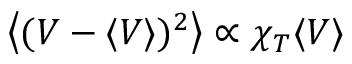
\smash { \big \langle ( V - \langle V \rangle ) ^ { 2 } \big \rangle } \propto \chi _ { T } \langle V \rangle